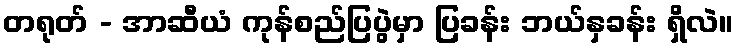
တရုတ် - အာဆီယံ ကုန်စည်ပြပွဲမှာ ပြခန်း ဘယ်နှခန်း ရှိလဲ။